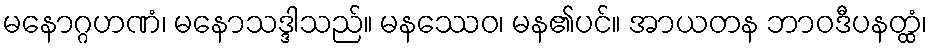
မနောဂ္ဂဟဏံ၊ မနောသဒ္ဒါသည်။ မနဿေဝ၊ မန၏ပင်။ အာယတန ဘာဝဒီပနတ္ထံ၊